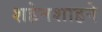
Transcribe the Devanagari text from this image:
शहेनशाहने